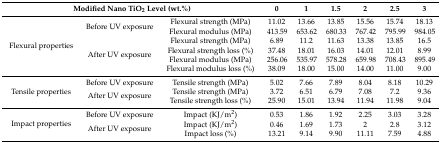
| <COLSPAN=3> Modified Nano TiO2 Level (wt.%) | 0 | 1 | 1.5 | 2 | 2.5 | 3 |
 | --- | --- | --- | --- | --- | --- | --- | --- | --- |
 | <ROWSPAN=6> Flexural properties | <ROWSPAN=2> Before UV exposure | Flexural strength (MPa) | 11.02 | 13.66 | 13.85 | 15.56 | 15.74 | 18.13 |
 | Flexural modulus (MPa) | 413.59 | 653.62 | 680.33 | 767.42 | 795.99 | 984.05 |
 | <ROWSPAN=4> After UV exposure | Flexural strength (MPa) | 6.89 | 11.2 | 11.63 | 13.38 | 13.85 | 16.5 |
 | Flexural strength loss (%) | 37.48 | 18.01 | 16.03 | 14.01 | 12.01 | 8.99 |
 | Flexural modulus (MPa) | 256.06 | 535.97 | 578.28 | 659.98 | 708.43 | 895.49 |
 | Flexural modulus loss (%) | 38.09 | 18.00 | 15.00 | 14.00 | 11.00 | 9.00 |
 | <ROWSPAN=3> Tensile properties | Before UV exposure | Tensile strength (MPa) | 5.02 | 7.66 | 7.89 | 8.04 | 8.18 | 10.29 |
 | <ROWSPAN=2> After UV exposure | Tensile strength (MPa) | 3.72 | 6.51 | 6.79 | 7.08 | 7.2 | 9.36 |
 | Tensile strength loss (%) | 25.90 | 15.01 | 13.94 | 11.94 | 11.98 | 9.04 |
 | <ROWSPAN=3> Impact properties | Before UV exposure | Impact (KJ/m2) | 0.53 | 1.86 | 1.92 | 2.25 | 3.03 | 3.28 |
 | <ROWSPAN=2> After UV exposure | Impact (KJ/m2) | 0.46 | 1.69 | 1.73 | 2 | 2.8 | 3.12 |
 | Impact loss (%) | 13.21 | 9.14 | 9.90 | 11.11 | 7.59 | 4.88 |